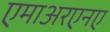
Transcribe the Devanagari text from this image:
एमाअरएनए